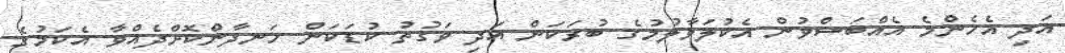
އަދި އެހެންމެ އެއްބަސްވުން އެކުލަވާލުމުގެ ބުރަކަން އަދި ވަގުތު ކުޑަކަން ހަނދާންކޮށްދެއްވާ އެކަމުގެ